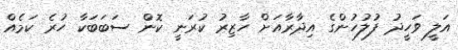
އަލީ ވަހީދު ފުލުހުންގެ އިދާރާއަށް ހާޒިރު ކުރަނީ ކޮން ސަބަބަކާ ހުރެ ކަމެއް